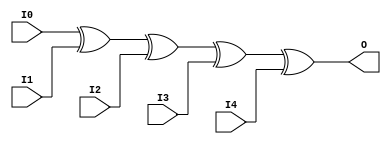
// $Header: /devl/xcs/repo/env/Databases/CAEInterfaces/verunilibs/s/XOR5.v,v 1.8.22.1 2003/11/18 20:41:40 wloo Exp $

/*

FUNCTION	: 5-INPUT XOR GATE

*/

`timescale  100 ps / 10 ps


module XOR5 (O, I0, I1, I2, I3, I4);

    output O;

    input  I0, I1, I2, I3, I4;

	xor X1 (O, I0, I1, I2, I3, I4);

    specify
	(I0 *> O) = (0, 0);
	(I1 *> O) = (0, 0);
	(I2 *> O) = (0, 0);
	(I3 *> O) = (0, 0);
	(I4 *> O) = (0, 0);
    endspecify

endmodule